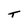
Character: T